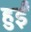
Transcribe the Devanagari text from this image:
हुर्इं